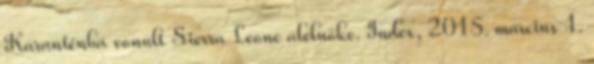
Karanténba vonult Sierra Leone alelnöke. Index, 2015. március 1.